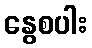
နွေစပါး